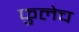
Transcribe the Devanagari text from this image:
फुलेच